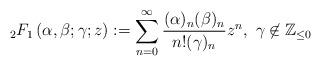
LaTeX: \begin{align*}_{2}F_{1}\left(\alpha,\beta;\gamma;z\right):=\sum_{n=0}^{\infty}\frac{(\alpha)_{n}(\beta)_{n}}{n!(\gamma)_{n}}z^{n},\ \gamma\not\in \mathbb{Z}_{\leq 0}\end{align*}